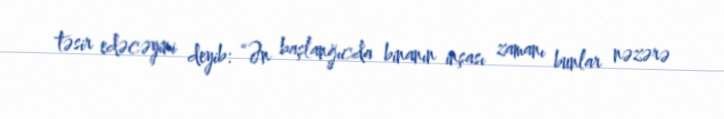
təsir edəcəyini deyib: “Ən başlanğıcda binanın inşası zamanı bunlar nəzərə